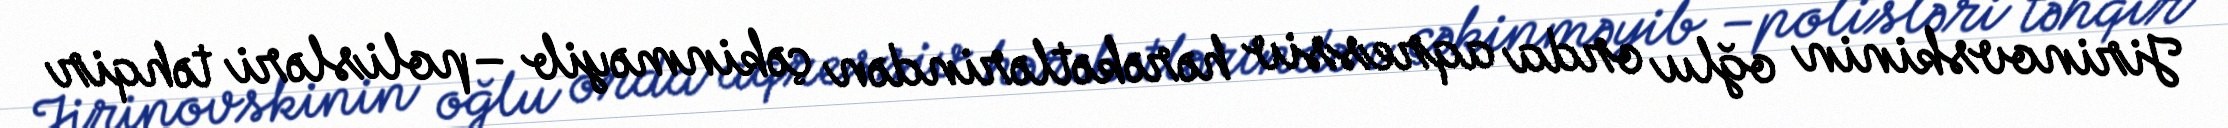
Jirinovskinin oğlu orda aqressiv hərəkətlərindən çəkinməyib –polisləri təhqir